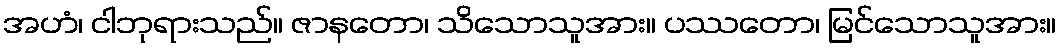
အဟံ၊ ငါဘုရားသည်။ ဇာနတော၊ သိသောသူအား။ ပဿတော၊ မြင်သောသူအား။